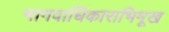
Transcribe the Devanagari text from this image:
मानवाधिकाराभिमूख